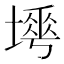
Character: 𡐟